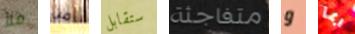
ملأ من ستقابل متفاجئة و ربما